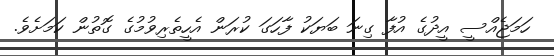
ހަމަޖެއްސީ އީދުގެ އުފާ ގިނަ ބަޔަކު ފާހަގަ ކުރަން އެހީތެރިވުމުގެ ގޮތުން ކަމަށެވެ.